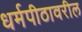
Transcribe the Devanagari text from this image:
धर्मपीठावरील